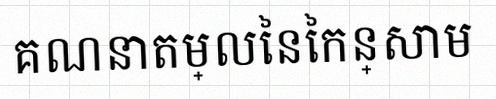
គណនាតម្លៃនៃកន្សោម